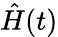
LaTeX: {\hat{H}}(t)